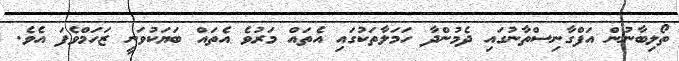
ތޯލިބާނުން އަފްގާނިސްތާނުގައި ދެމުންދާ ހަމަލާތަކުގައި އެތައް މަރުވެ އެތައް ބަޔަކުވަނީ ޒަހަމްވެފަ އެވެ.